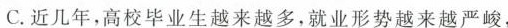
C.近几年，高校毕业生越来越多，就业形势越来越严峻，